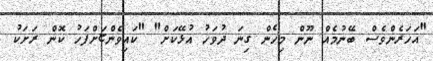
"އަހަރެންވެސް ބޭނުމެއް ނޫން މިހެން ގިނަ ދުވަހު އުޅޭކަށް" "ކައިވެންޏަށްފަހު ކޮން ރަށަކު